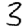
Digit: 3